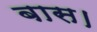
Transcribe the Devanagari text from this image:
बास।